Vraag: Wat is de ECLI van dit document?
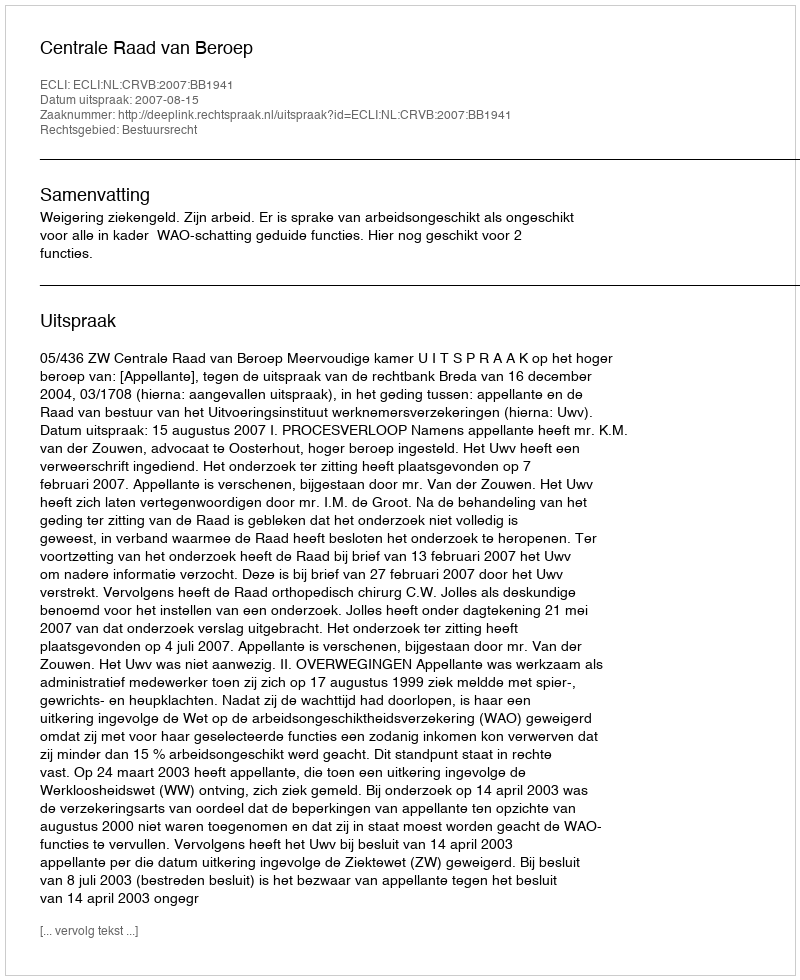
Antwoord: ECLI:NL:CRVB:2007:BB1941